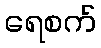
ရေစက်